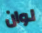
لوان